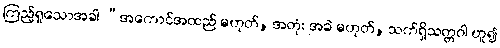
ကြည့်ရှုသောအခါ “အကောင်အထည် မဟုတ်, အတုံး အခဲ မဟုတ်, သက်ရှိသတ္တဝါ ဟူ၍